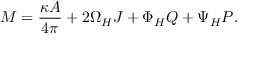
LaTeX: M = { \frac { \kappa { \cal A } } { 4 \pi } } + 2 \Omega _ { H } J + \Phi _ { H } Q + \Psi _ { H } P .